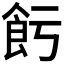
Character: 𱃢